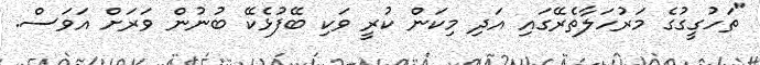
"ތަހުގީގުގެ މަރުހަލާތެރޭގައި އަދި މިކަން ކުރީ ވަކި ބޭފުޅެކޭ ބުނުން ވަރަށް އަވަސް.